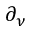
\partial _ { \nu }